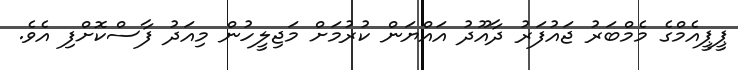
ޕީޕީއެމްގެ މެމްބަރު ޖައުފަރު ދާއޫދު އައްޔަން ކުރުމަށް މަޖިލީހުން މިއަދު ފާސްކޮށްފި އެވެ.